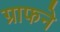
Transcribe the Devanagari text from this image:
ग्राफने